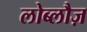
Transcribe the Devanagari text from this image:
लोब्लौज़